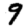
Digit: 9